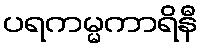
ပရကမ္မကာရိနီ